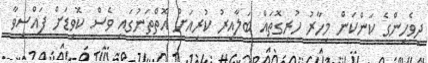
ދިވެހިންގެ ކަންކަން މިހާރު ހުރިގޮތައް ބަލާއިރު ކުރިއަށް އޮތްތަނުގައި ވެސް ކޮވިޑަށް ފައްސިވާ